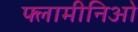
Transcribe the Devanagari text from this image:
फ्लामीनिओ